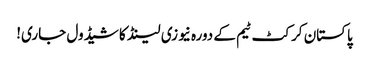
پاکستان کرکٹ ٹیم کے دورہ نیوزی لینڈ کا شیڈول جاری!